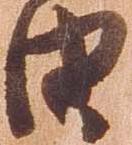
由